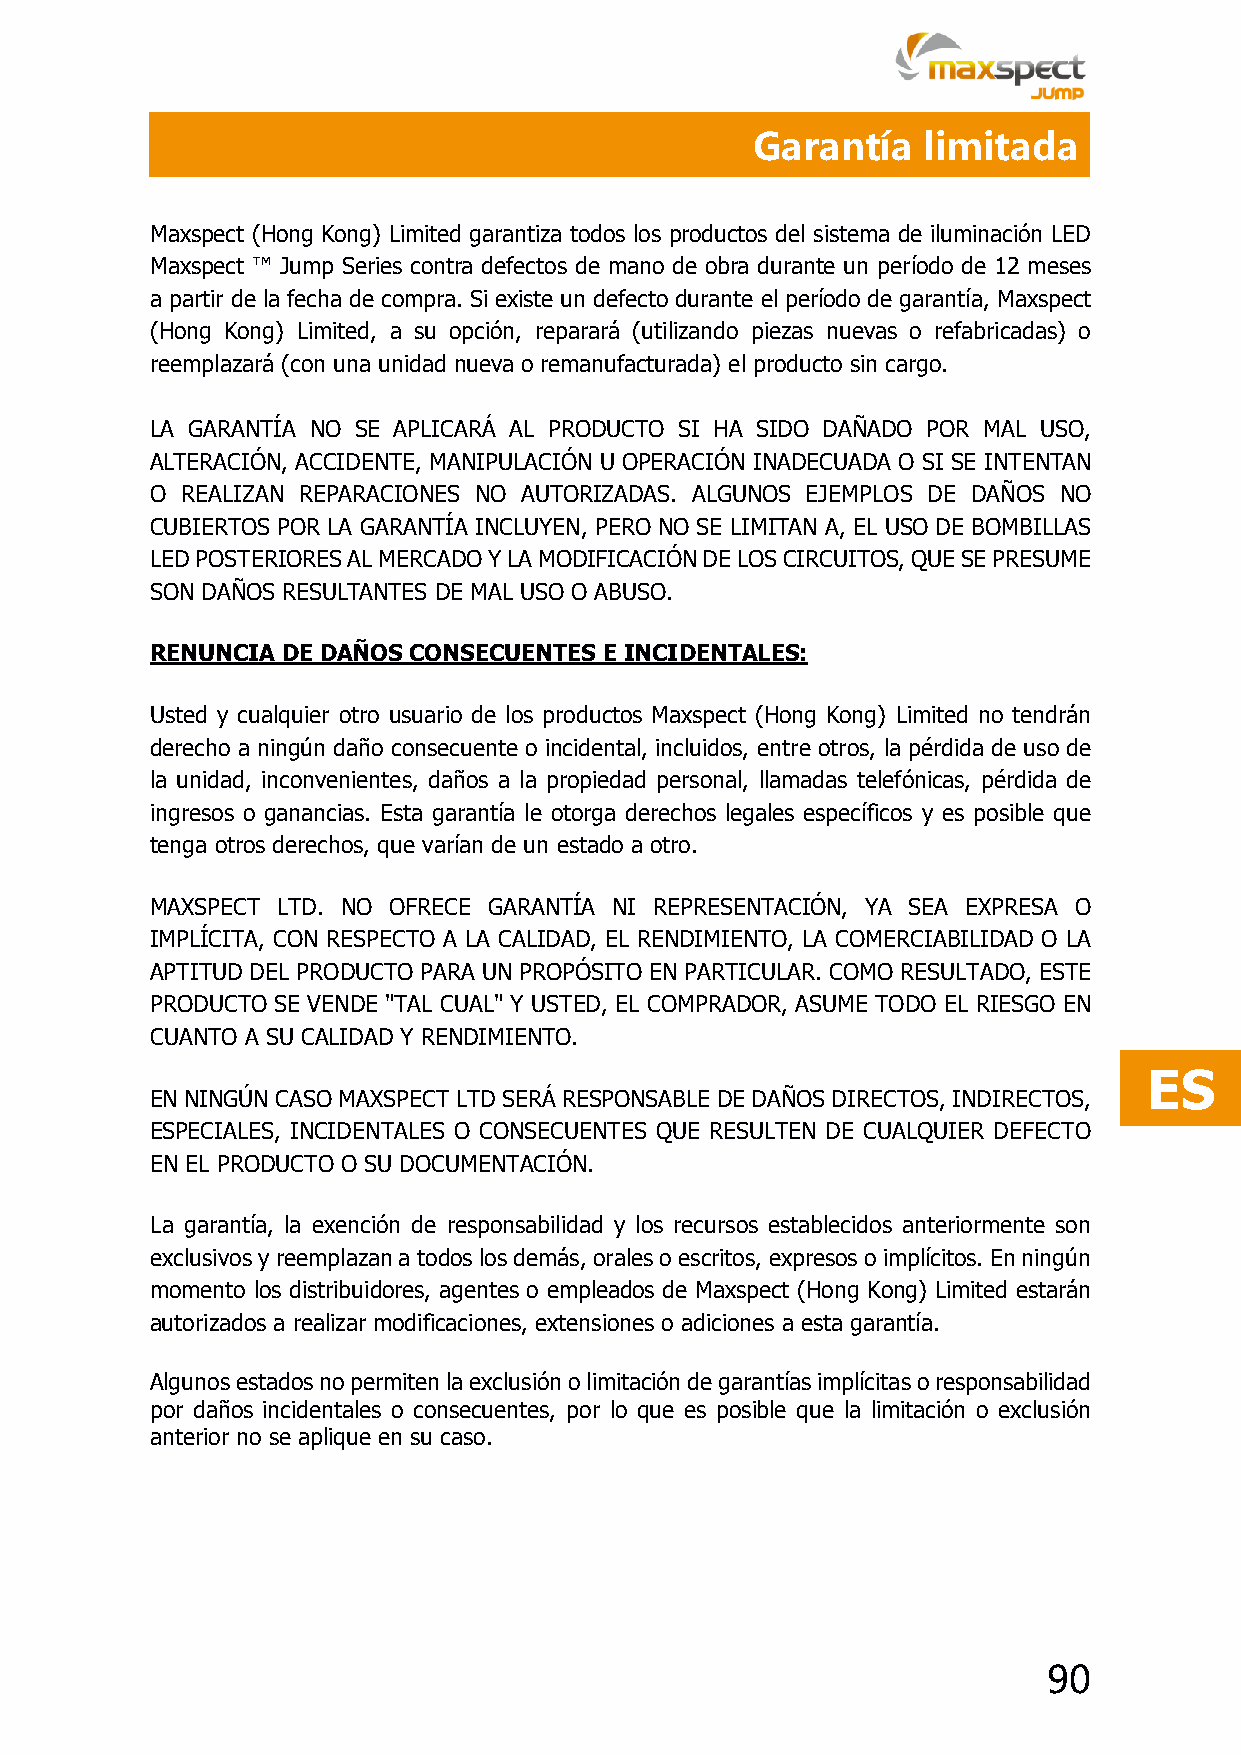
Garantía   limitada
 Maxspect (Hong Kong) Limited garantiza todos los productos del sistema de iluminación LED
 Maxspect ™ Jump Series contra defectos de mano de obra durante un período de 12 meses
 a partir de la fecha de compra. Si existe un defecto durante el período de garantía, Maxspect
 (Hong Kong) Limited, a su opción, reparará (utilizando piezas nuevas o refabricadas) o
 reemplazará (con una unidad nueva o remanufacturada) el producto sin cargo.
 LA GARANTÍA NO SE APLICARÁ AL PRODUCTO SI HA SIDO DAÑADO POR MAL USO,
 ALTERACIÓN, ACCIDENTE, MANIPULACIÓN U OPERACIÓN INADECUADA O SI SE INTENTAN
 O REALIZAN REPARACIONES NO AUTORIZADAS. ALGUNOS EJEMPLOS DE DAÑOS NO
 CUBIERTOS POR LA GARANTÍA INCLUYEN, PERO NO SE LIMITAN A, EL USO DE BOMBILLAS
 LED POSTERIORES AL MERCADO Y LA MODIFICACIÓN DE LOS CIRCUITOS, QUE SE PRESUME
 SON DAÑOS RESULTANTES DE MAL USO O ABUSO.
 RENUNCIA DE DAÑOS CONSECUENTES E INCIDENTALES:
 Usted y cualquier otro usuario de los productos Maxspect (Hong Kong) Limited no tendrán
 derecho a ningún daño consecuente o incidental, incluidos, entre otros, la pérdida de uso de
 la unidad, inconvenientes, daños a la propiedad personal, llamadas telefónicas, pérdida de
 ingresos o ganancias. Esta garantía le otorga derechos legales específicos y es posible que
 tenga otros derechos, que varían de un estado a otro.
 MAXSPECT LTD. NO OFRECE GARANTÍA NI REPRESENTACIÓN, YA SEA EXPRESA O
 IMPLÍCITA, CON RESPECTO A LA CALIDAD, EL RENDIMIENTO, LA COMERCIABILIDAD O LA
 APTITUD DEL PRODUCTO PARA UN PROPÓSITO EN PARTICULAR. COMO RESULTADO, ESTE
 PRODUCTO SE VENDE "TAL CUAL" Y USTED, EL COMPRADOR, ASUME TODO EL RIESGO EN
 CUANTO A SU CALIDAD Y RENDIMIENTO.
 ES
 EN NINGÚN CASO MAXSPECT LTD SERÁ RESPONSABLE DE DAÑOS DIRECTOS, INDIRECTOS,
 ESPECIALES, INCIDENTALES O CONSECUENTES QUE RESULTEN DE CUALQUIER DEFECTO
 EN EL PRODUCTO O SU DOCUMENTACIÓN.
 La garantía, la exención de responsabilidad y los recursos establecidos anteriormente son
 exclusivos y reemplazan a todos los demás, orales o escritos, expresos o implícitos. En ningún
 momento los distribuidores, agentes o empleados de Maxspect (Hong Kong) Limited estarán
 autorizados a realizar modificaciones, extensiones o adiciones a esta garantía.
 Algunos estados no permiten la exclusión o limitación de garantías implícitas o responsabilidad
 por daños incidentales o consecuentes, por lo que es posible que la limitación o exclusión
 anterior no se aplique en su caso.
 90